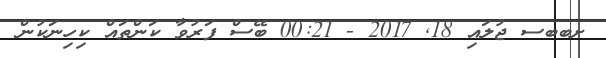
ށބބސ ޖުލައި 18